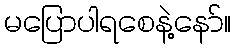
မပြောပါရစေနဲ့နော်။